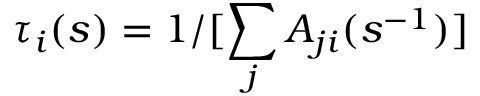
\tau _ { i } ( s ) = 1 / [ \sum _ { j } A _ { j i } ( s ^ { - 1 } ) ]